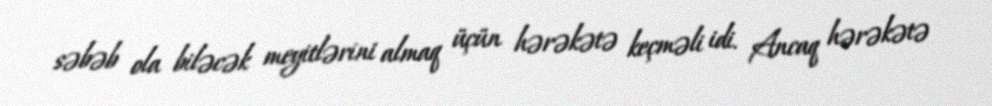
səbəb ola biləcək meyitlərini almaq üçün hərəkətə keçməli idi. Ancaq hərəkətə